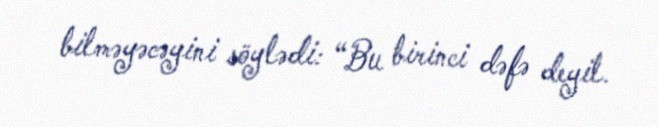
bilməyəcəyini söylədi: “Bu birinci dəfə deyil.